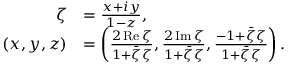
{ \begin{array} { r l } { \zeta } & { = { \frac { x + i y } { 1 - z } } , } \\ { ( x , y , z ) } & { = \left( { \frac { 2 \operatorname { R e } \zeta } { 1 + { \bar { \zeta } } \zeta } } , { \frac { 2 \operatorname { I m } \zeta } { 1 + { \bar { \zeta } } \zeta } } , { \frac { - 1 + { \bar { \zeta } } \zeta } { 1 + { \bar { \zeta } } \zeta } } \right) . } \end{array} }